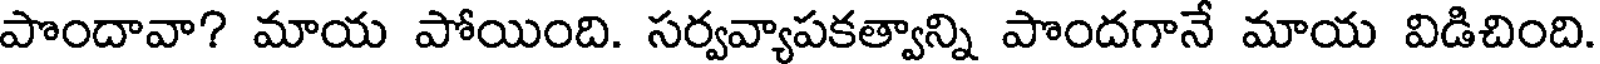
పొందావా? మాయ పోయింది. సర్వవ్యాపకత్వాన్ని పొందగానే మాయ విడిచింది